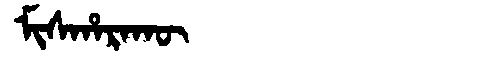
Manchu: ᠮᡳᠰᡥᠠᡵᠠᡴᡡ
Romanization: MISHARAKŪ